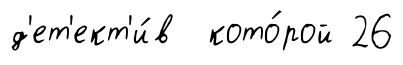
д'ет'ект'и́в кото́рой 26